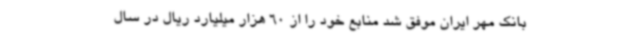
بانک مهر ایران موفق شد منابع خود را از 60 هزار میلیارد ریال در سال